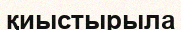
қиыстырыла